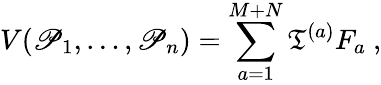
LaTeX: V(\mathscr{P}_{1},\ldots,\mathscr{P}_{n})=\sum_{a=1}^{M+N}\mathfrak{T}^{(a)}F_{a}\ ,